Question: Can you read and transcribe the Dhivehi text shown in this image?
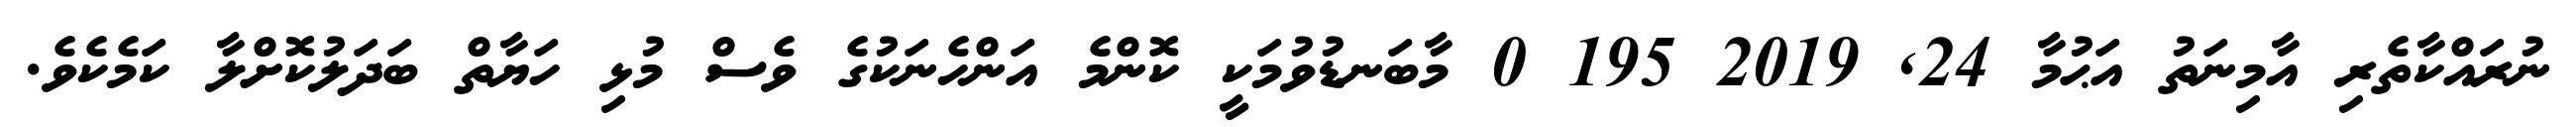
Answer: ނުރައްކާތެރި އާމިނަތު އަޙުމާ 24, 2019 195 0 މާބަނޑުވުމަކީ ކޮންމެ އަންހެނަކުގެ ވެސް މުޅި ހަޔާތް ބަދަލުކޮށްލާ ކަމެކެވެ.